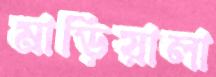
মাড়িয়ালা